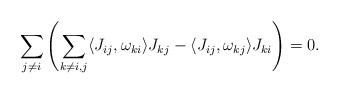
LaTeX: \begin{align*}\sum_{j\neq i}\left(\sum_{k\neq i,j}\langle J_{ij}, \omega_{ki}\rangle J_{kj}-\langle J_{ij}, \omega_{kj}\rangle J_{ki}\right)=0.\end{align*}